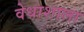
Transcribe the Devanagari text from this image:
वेधाशाला